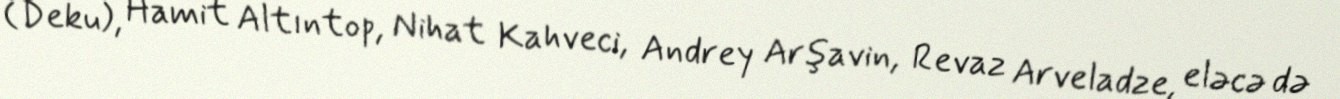
(Deku), Hamit Altıntop, Nihat Kahveci, Andrey Arşavin, Revaz Arveladze, eləcə də